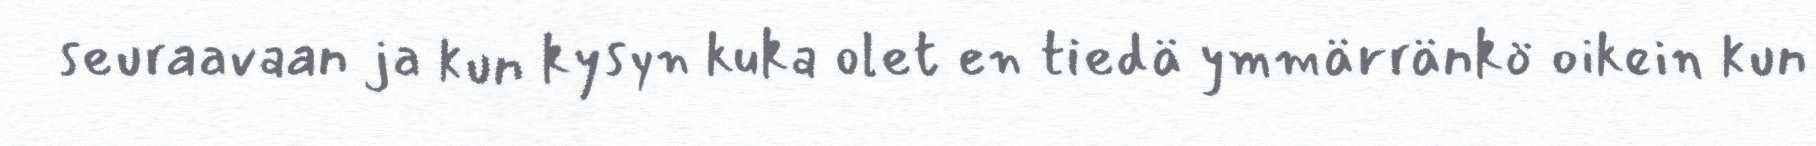
seuraavaan ja kun kysyn kuka olet en tiedä ymmärränkö oikein kun